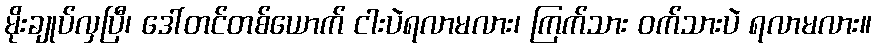
မိုးချုပ်လှပြီ၊ ဒေါ်တင်တစ်ယောက် ငါးပဲရလာမလား၊ ကြက်သား ဝက်သားပဲ ရလာမလား။